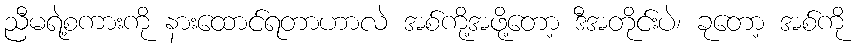
ညီမရဲ့စကားကို နားထောင်ရတာဟာလဲ အစ်ကို့အဖို့တော့ ဒီအတိုင်းပဲ၊ ခုတော့ အစ်ကို